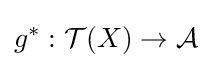
g^{\ast }:{\mathcal {T}}(X)\to {\mathcal {A}}